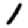
Digit: 1